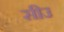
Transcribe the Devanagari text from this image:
सीउ